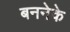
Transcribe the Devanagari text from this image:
बननेके